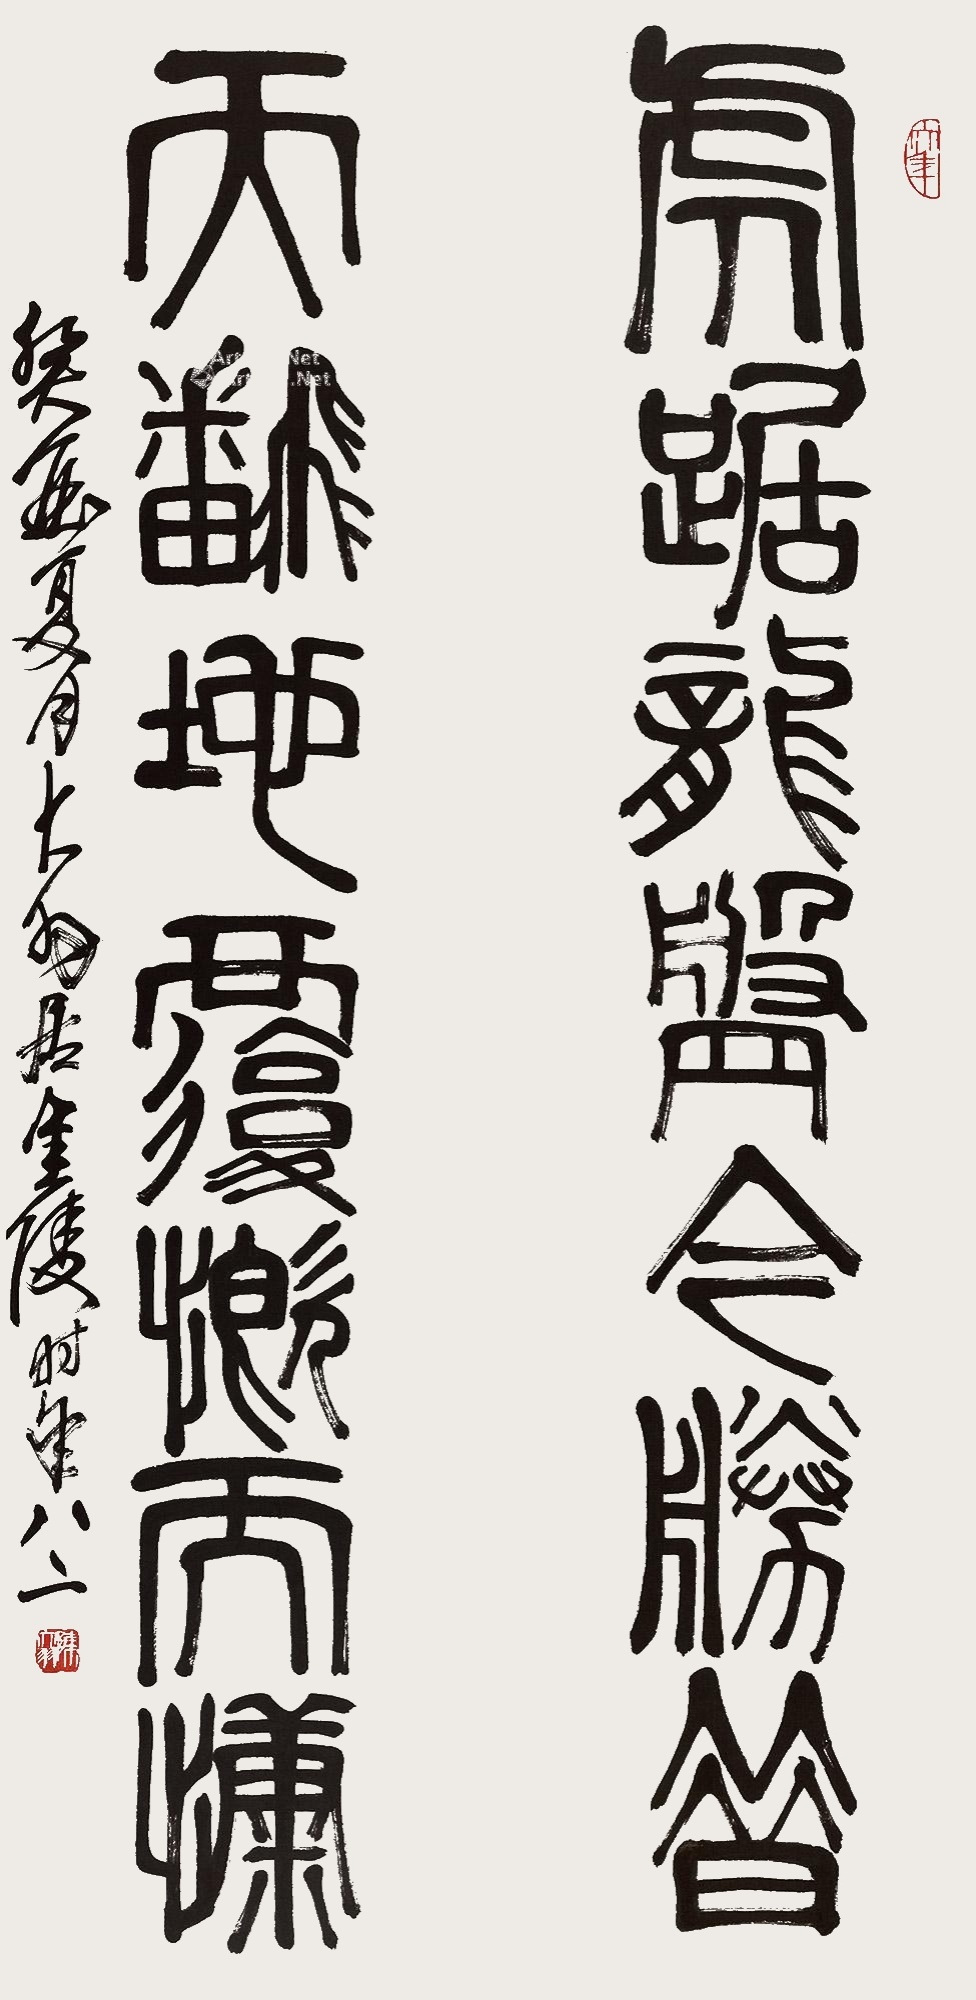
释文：虎踞龙盘今胜昔，天翻地覆慨而慷。癸酉夏月大羽居金陵，时年八二。